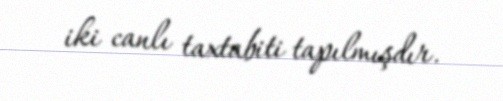
iki canlı taxtabiti tapılmışdır.